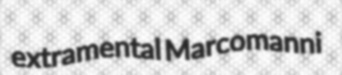
extramental Marcomanni